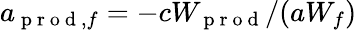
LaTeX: a_{\mathrm{~p~r~o~d~},f}=-cW_{\mathrm{~p~r~o~d~}}/(aW_{f})